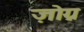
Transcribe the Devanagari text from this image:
ज़ोग्न